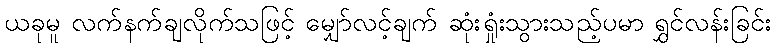
ယခုမူ လက်နက်ချလိုက်သဖြင့် မျှော်လင့်ချက် ဆုံးရှုံးသွားသည့်ပမာ ရွှင်လန်းခြင်း